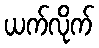
ယက်လိုက်